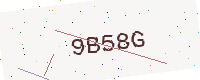
Text: 9B58G